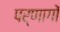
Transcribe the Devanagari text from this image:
पर्णागों